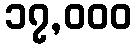
၁၇,၀၀၀